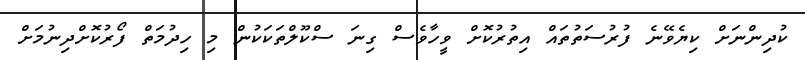
ކުދިންނަށް ކިޔެވޭނެ ފުރުސަތުތައް އިތުރުކޮށް ވީހާވެސް ގިނަ ސްކޫލްތަކަކުން މި ހިދުމަތް ފޯރުކޮށްދިނުމަށް